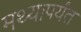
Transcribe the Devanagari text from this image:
मथ्यापर्यंत